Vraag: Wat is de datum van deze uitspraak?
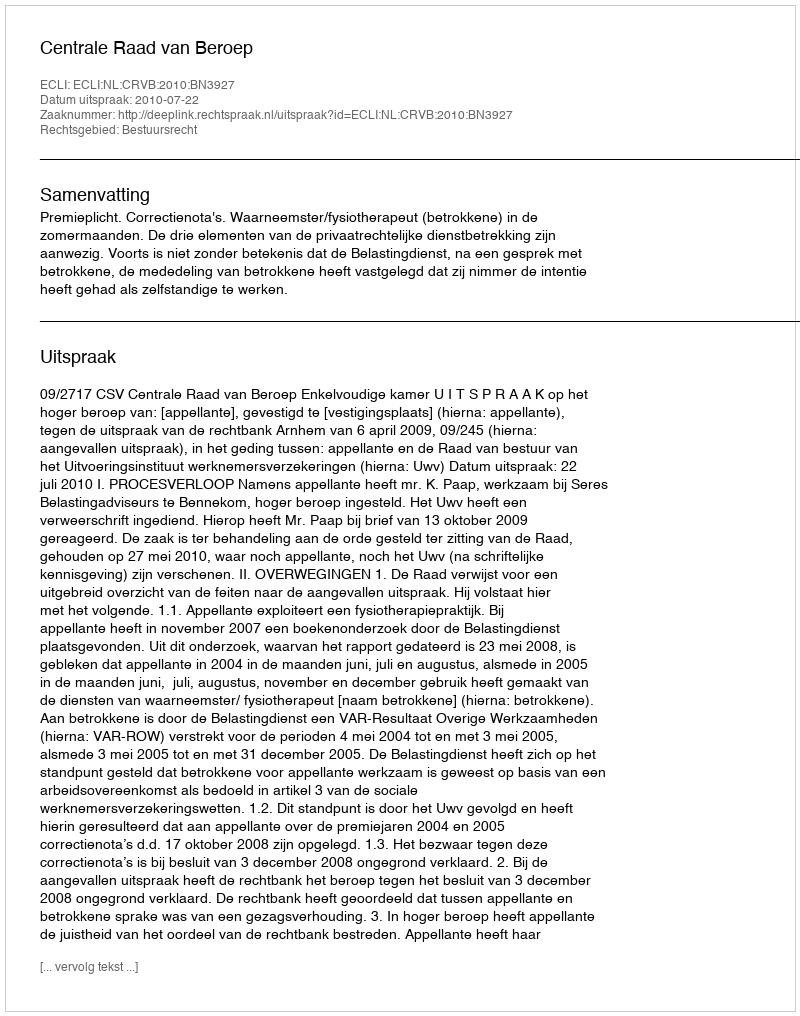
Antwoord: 2010-07-22